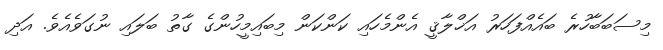
މިސަބަބާހުރެ ބައެއްފަހަރު އަޚްލާޤީ އެންމެހައި ކަންކަން މިބައިމީހުންގެ ގާތު ބަލައި ނުގަވެއެވެ. އަދި